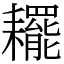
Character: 䎱